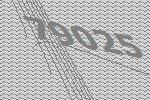
79025